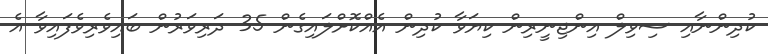
ކުދިންނާއި ސިވިލް އިންޖިނީރިން ކިޔަވާ ކުދިން އެއްކޮށްލައިގެން 35 ދަރިވަރުން ބައިވެރިވެފައިވާ އެ